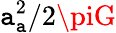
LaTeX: \mathtt{a}_{\mathrm{{\mathtt{a}}}}^{2}/2\piG